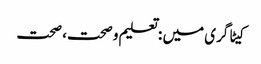
کیٹاگری میں : تعلیم و صحت، صحت